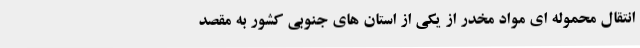
انتقال محموله ای مواد مخدر از یکی از استان های جنوبی کشور به مقصد